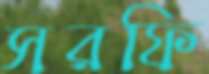
সরফি